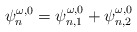
\begin{align*} \psi_n^{\omega,0}=\psi_{n,1}^{\omega,0}+\psi_{n,2}^{\omega,0}\end{align*}